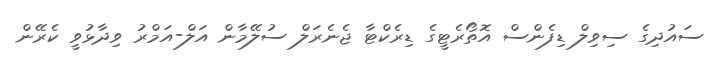
ސައުދިގެ ސިވިލް ޑިފެންސް އޮތޯރެޓީގެ ޑިރެކްޓާ ޖެނެރަލް ސުލޭމާން އަލް-އަމްރު ވިދާޅުވީ ކެރޭން